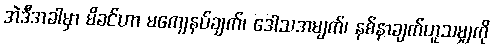
အဲဒီအခါမှာ မိခင်ဟာ မကျေနပ်ချက်၊ ဒေါသအမျက်၊ နစ်နာချက်ဟူသမျှကို